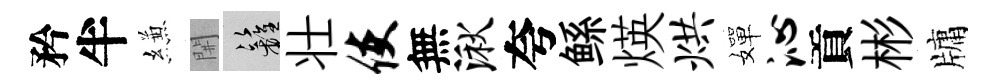
矜半縑𨳩籬壮使無湫夸鲧煐烘嬋沁貢彬牗